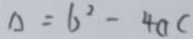
\Delta = 6 ^ { 2 } - 4 a c